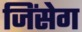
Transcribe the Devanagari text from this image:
जिंसेग